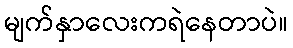
မျက်နှာလေးကရဲနေတာပဲ။